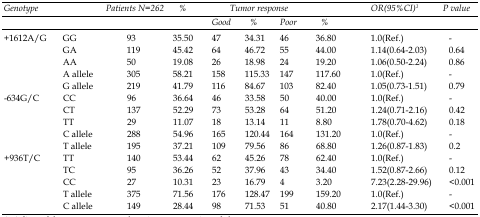
<table><thead><tr><td rowspan="2"><b><i>Genotype</i></b></td><td rowspan="2"></td><td rowspan="2"><b><i>Patients N=262</i></b></td><td rowspan="2"><b><i>%</i></b></td><td colspan="4"><b><i>Tumor response</i></b></td><td rowspan="2"><b><i>OR(95%CI)</i><sup>1</sup></b></td><td rowspan="2"><b><i>P value</i></b></td></tr><tr><td><b><i>Good</i></b></td><td><b><i>%</i></b></td><td><b><i>Poor</i></b></td><td><b><i>%</i></b></td></tr></thead><tbody><tr><td>+1612A/G</td><td>GG</td><td>93</td><td>35.50 </td><td>47</td><td>34.31 </td><td>46</td><td>36.80 </td><td>1.0(Ref.)</td><td>-</td></tr><tr><td></td><td>GA</td><td>119</td><td>45.42 </td><td>64</td><td>46.72 </td><td>55</td><td>44.00 </td><td>1.14(0.64-2.03)</td><td>0.64</td></tr><tr><td></td><td>AA</td><td>50</td><td>19.08 </td><td>26</td><td>18.98 </td><td>24</td><td>19.20 </td><td>1.06(0.50-2.24)</td><td>0.86</td></tr><tr><td></td><td>A allele</td><td>305</td><td>58.21 </td><td>158</td><td>115.33 </td><td>147</td><td>117.60 </td><td>1.0(Ref.)</td><td>-</td></tr><tr><td></td><td>G allele</td><td>219</td><td>41.79 </td><td>116</td><td>84.67 </td><td>103</td><td>82.40 </td><td>1.05(0.73-1.51)</td><td>0.79</td></tr><tr><td>-634G/C</td><td>CC</td><td>96</td><td>36.64 </td><td>46</td><td>33.58 </td><td>50</td><td>40.00 </td><td>1.0(Ref.)</td><td>-</td></tr><tr><td></td><td>CT</td><td>137</td><td>52.29 </td><td>73</td><td>53.28 </td><td>64</td><td>51.20 </td><td>1.24(0.71-2.16)</td><td>0.42</td></tr><tr><td></td><td>TT</td><td>29</td><td>11.07 </td><td>18</td><td>13.14 </td><td>11</td><td>8.80 </td><td>1.78(0.70-4.62)</td><td>0.18</td></tr><tr><td></td><td>C allele</td><td>288</td><td>54.96 </td><td>165</td><td>120.44 </td><td>164</td><td>131.20 </td><td>1.0(Ref.)</td><td>-</td></tr><tr><td></td><td>T allele</td><td>195</td><td>37.21 </td><td>109</td><td>79.56 </td><td>86</td><td>68.80 </td><td>1.26(0.87-1.83)</td><td>0.2</td></tr><tr><td>+936T/C</td><td>TT</td><td>140</td><td>53.44 </td><td>62</td><td>45.26 </td><td>78</td><td>62.40 </td><td>1.0(Ref.)</td><td>-</td></tr><tr><td></td><td>TC</td><td>95</td><td>36.26 </td><td>52</td><td>37.96 </td><td>43</td><td>34.40 </td><td>1.52(0.87-2.66)</td><td>0.12</td></tr><tr><td></td><td>CC</td><td>27</td><td>10.31 </td><td>23</td><td>16.79 </td><td>4</td><td>3.20 </td><td>7.23(2.28-29.96)</td><td>&lt;0.001</td></tr><tr><td></td><td>T allele</td><td>375</td><td>71.56 </td><td>176</td><td>128.47 </td><td>199</td><td>159.20 </td><td>1.0(Ref.)</td><td>-</td></tr><tr><td> </td><td>C allele</td><td>149</td><td>28.44 </td><td>98</td><td>71.53 </td><td>51</td><td>40.80 </td><td>2.17(1.44-3.30)</td><td>&lt;0.001</td></tr></tbody></table>